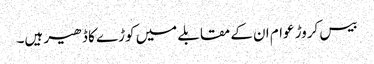
بیس کروڑ عوام ان کے مقابلے میں کوڑے کا ڈھیر ہیں۔